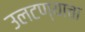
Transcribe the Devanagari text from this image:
उलटण्याचा